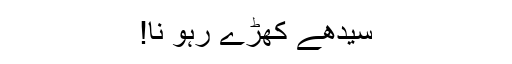
سیدھے کھڑے رہو نا!